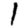
Digit: 1